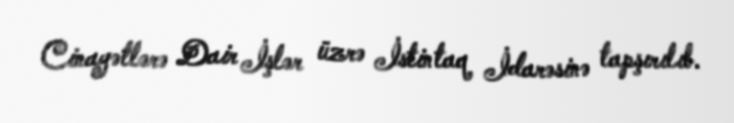
Cinayətlərə Dair İşlər üzrə İstintaq İdarəsinə tapşırılıb.